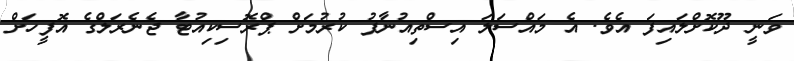
ވަނީ ދޫކޮށްލައިފަ އެވެ. އެ މައްސަލަ އިސްތިއުނާފު ކުރުމަށް ޕްރޮސިކިއުޓާ ޖެނެރަލްގެ އޮފީހަށް